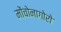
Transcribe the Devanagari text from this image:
मोंचोनागोरो